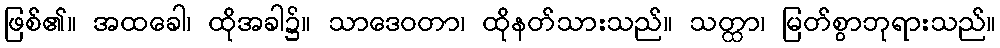
ဖြစ်၏။ အထခေါ၊ ထိုအခါ၌။ သာဒေဝတာ၊ ထိုနတ်သားသည်။ သတ္ထာ၊ မြတ်စွာဘုရားသည်။